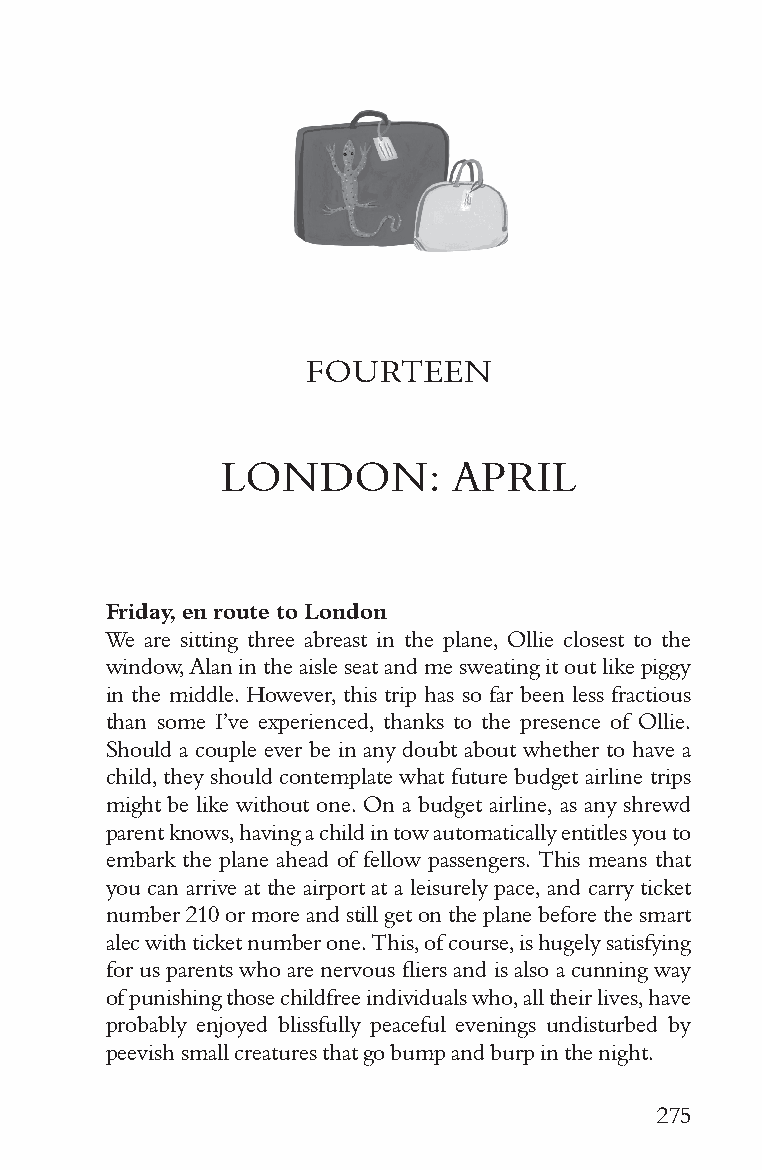
FOURTEEN
 LONDON:        APRIL
 Friday, en route to London
 We are sitting three abreast in the plane, Ollie closest to the
 window, Alan in the aisle seat and me sweating it out like piggy
 in the middle. However, this trip has so far been less fractious
 than some I’ve experienced, thanks to the presence of Ollie.
 Should a couple ever be in any doubt about whether to have a
 child, they should contemplate what future budget airline trips
 might be like without one. On a budget airline, as any shrewd
 parent knows, having a child in tow automatically entitles you to
 embark the plane ahead of fellow passengers. This means that
 you can arrive at the airport at a leisurely pace, and carry ticket
 number 210 or more and still get on the plane before the smart
 alec with ticket number one. This, of course, is hugely satisfying
 for us parents who are nervous fliers and is also a cunning way
 of punishing those childfree individuals who, all their lives, have
 probably enjoyed blissfully peaceful evenings undisturbed by
 peevish small creatures that go bump and burp in the night.
 275